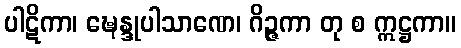
ပါဋိကာ၊ ဍ္ဎေန္ဒုပါသာဏေ၊ ဂိဉ္ဇကာ တု စ ဣဋ္ဌကာ။